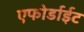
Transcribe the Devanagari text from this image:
एफोर्डाईट